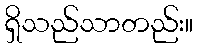
ရှိသည်သာတည်း။